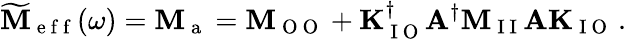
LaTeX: \mathbf{\widetilde{M}}_{\mathrm{~e~f~f~}}(\omega)=\mathbf{M}_{\mathrm{~a~}}=\mathbf{M}_{\mathrm{~O~O~}}+\mathbf{K}_{\mathrm{~I~O~}}^{\dagger}\mathbf{A}^{\dagger}\mathbf{M}_{\mathrm{~I~I~}}\mathbf{A}\mathbf{K}_{\mathrm{~I~O~}}\, .